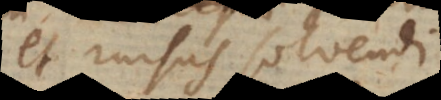
et rursus solvendi